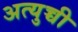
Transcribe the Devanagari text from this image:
अत्युच्ची